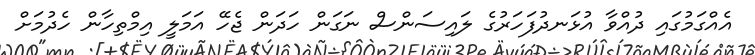
އެއްގަމުގައި ދުއްވާ އުޅަނދުފަހަރުގެ ލައިސަންސް ނަގަން ހަދަން ޖެހޭ އަމަލީ އިމްތިހާން ހެދުމަށް